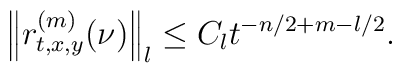
\left\|r^{(m)}_{t,x,y}(\nu)\right\|_l\le C_lt^{-n/2+m-l/2}.